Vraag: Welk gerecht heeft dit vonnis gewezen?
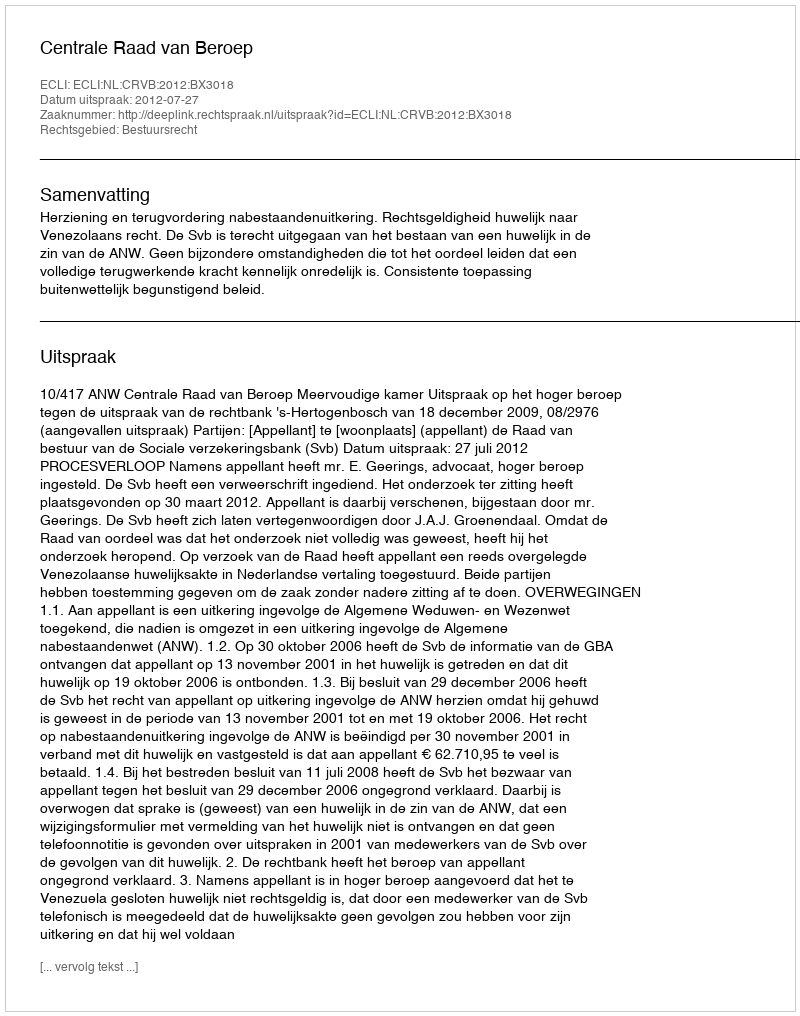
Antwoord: Centrale Raad van Beroep